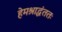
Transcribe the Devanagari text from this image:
हेमश्राद्धंततः